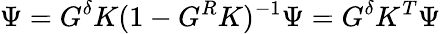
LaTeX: \Psi=G^{\delta}K(1-G^{R}K)^{-1}\Psi=G^{\delta}K^{T}\Psi